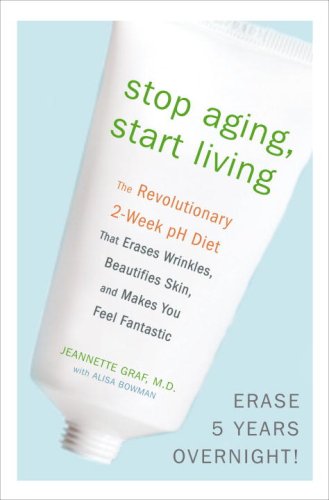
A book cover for Stop Aging, Start Living: The Revolutionary 2-Week pH Diet That Erases Wrinkles, Beautifies Skin, and Makes You Feel Fantastic; Jeannette Graf; Health, Fitness & Dieting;